Scottish Leaving Certificate Examination, 1960
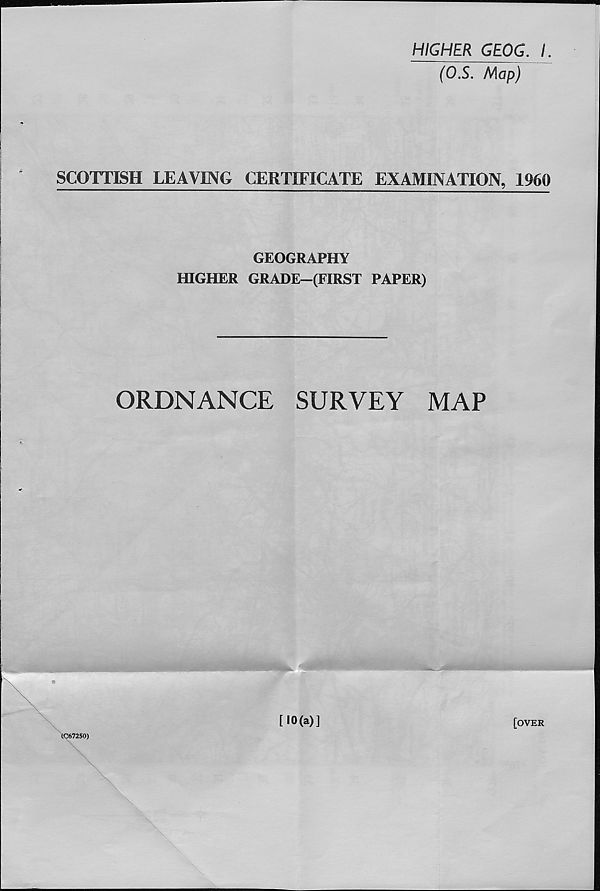
HIGHER GEOG. I
(OS. Map)
SCOTTISH LEAVING CERTIFICATE EXAMINATION, 1960
GEOGRAPHY
HIGHER GRADE—(FIRST PAPER)
ORDNANCE
SURVEY
MAP
CC67250)
[10(a)]
[OVER